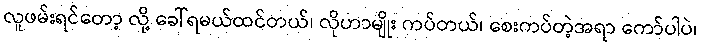
လူဖမ်းရင်တော့ လို့ ခေါ်ရမယ်ထင်တယ်၊ လိုဟာမျိုး ကပ်တယ်၊ စေးကပ်တဲ့အရာ ကော်ပါပဲ၊